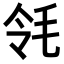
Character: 𣬹